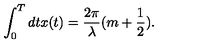
\int _ { 0 } ^ { T } d t x ( t ) = \frac { 2 \pi } { \lambda } ( m + \frac { 1 } { 2 } ) . \nonumber